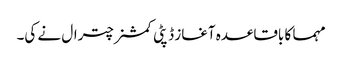
مہما کا باقاعدہ آغاز ڈپٹی کمشنر چترال نے کی۔